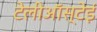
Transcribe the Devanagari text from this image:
टेलीऑस्टेई